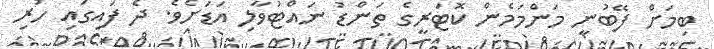
ބިމަށް ފޭބުނީ މަންމަމެން ކޮޓަރީގެ ތަންޑު ނައްޓުވާލި އަޑަށެވެ. ދެ ފައިގައި ހުރި